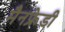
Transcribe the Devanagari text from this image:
मैनफ्रेडी